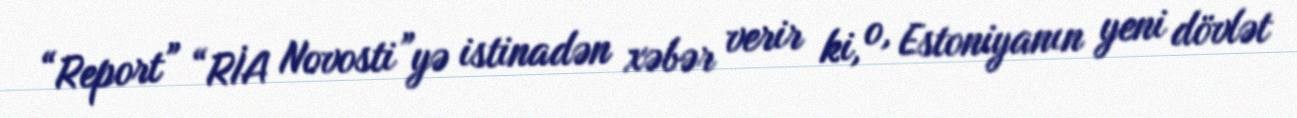
“Report” “RİA Novosti”yə istinadən xəbər verir ki, o, Estoniyanın yeni dövlət